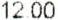
12.00